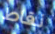
نقاط